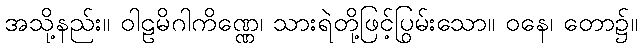
အသို့နည်း။ ဝါဠမိဂါကိဏ္ဏေ၊ သားရဲတို့ဖြင့်ပြွမ်းသော။ ဝနေ၊ တော၌။